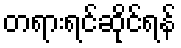
တရားရင်ဆိုင်ရန်